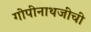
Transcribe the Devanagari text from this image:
गोपीनाथजींची